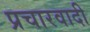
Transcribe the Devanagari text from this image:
प्रचारवादी